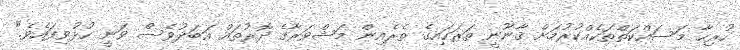
ހުރިހާ މަސައްކަތްތަކެއްކުރުމަށް ޤާނޫނީ ތަރަހައިގެ ތެރެއިން މަޝްވަރާގެ ދޮރުތައް އަބަދުވެސް ވަނީ ހުޅުވިފައެވެ."